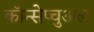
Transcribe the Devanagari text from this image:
कॉन्सेप्चुअल